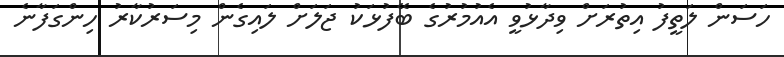
ހަސަން ލަތީފު އިތުރަށް ވިދާޅުވީ އެއުމުރުގެ ބޭފުޅަކު ޖަލަށް ލައިގެން މިސަރުކާރު ހިންގަފާނެ